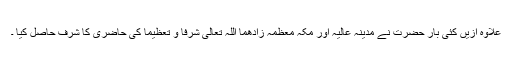
علاوہ ازیں کئی بار حضرت نے مدینہ عالیہ اور مکہ معظمہ زادھما اللہ تعالیٰ شرفا و تعظیما کی حاضری کا شرف حاصل کیا ۔